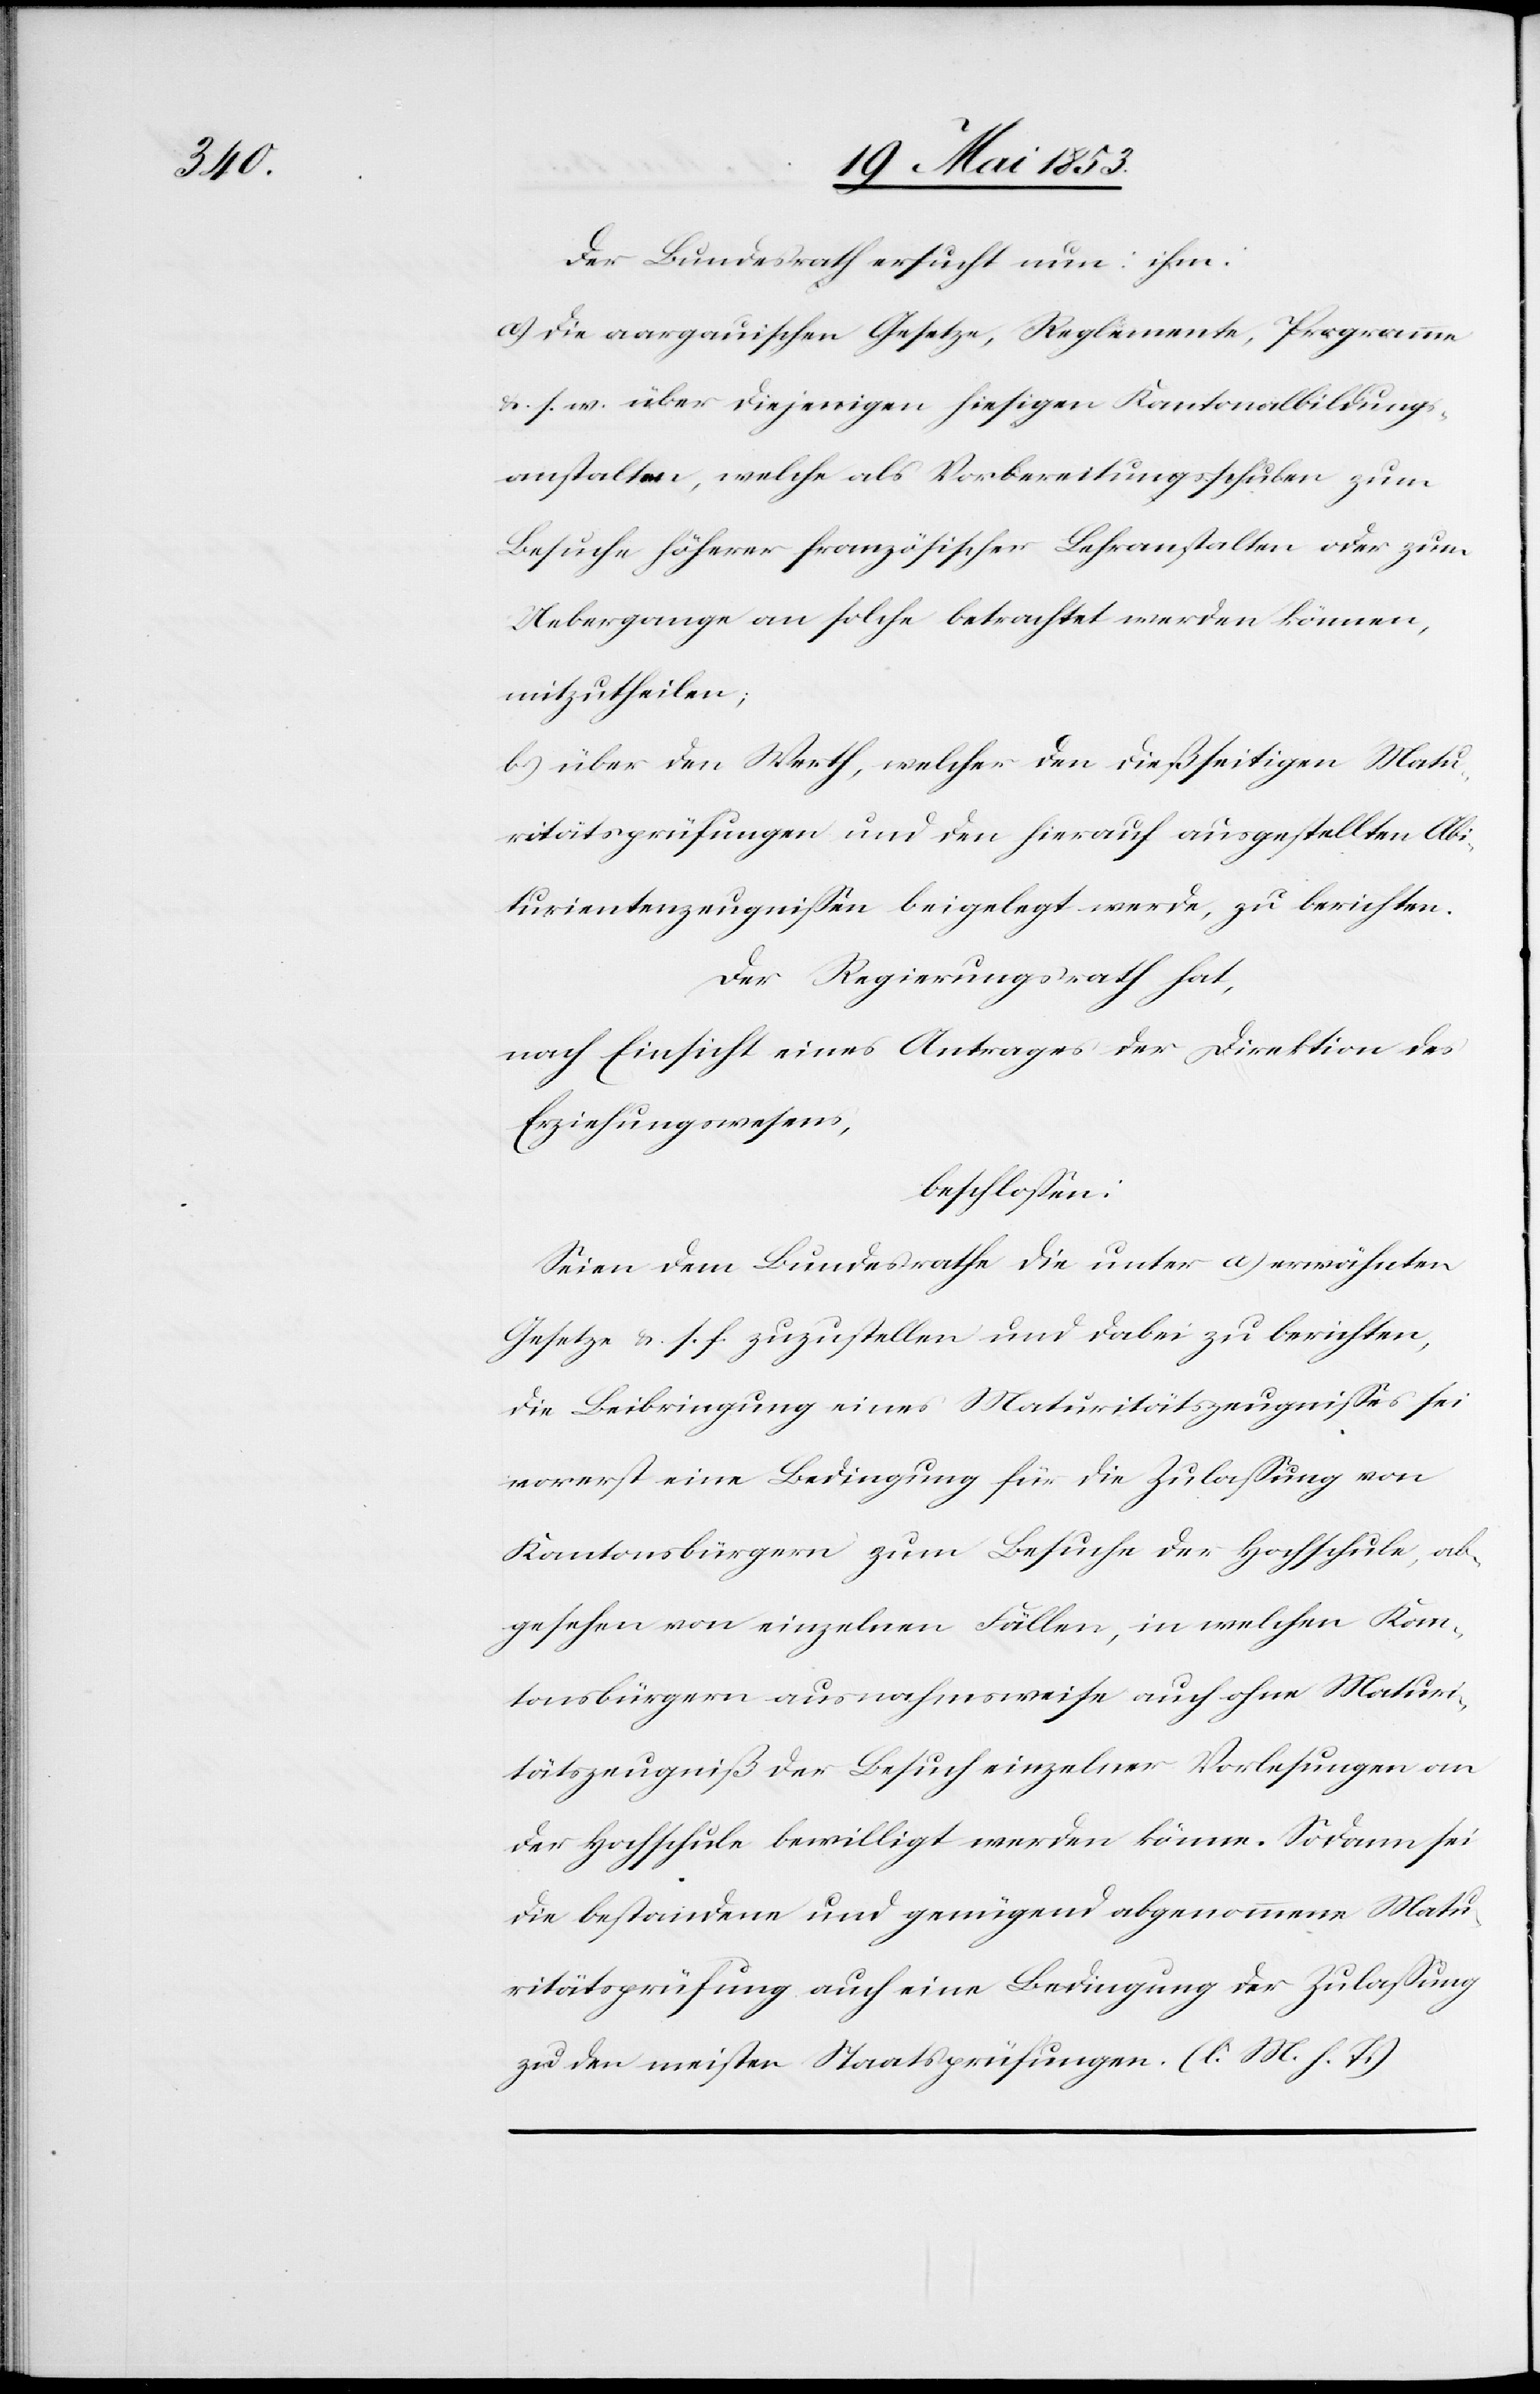
Der Bundesrath ersucht nun: ihm:
a) die aargauischen Gesetze, Reglemente, Programme
u. s. w. über diejenigen hiesigen Kantonalbildungs¬
anstalten, welche als Vorbereitungsschulen zum
Besuche höherer französischer Lehranstalten oder zum
Uebergange an solche betrachtet werden können,
mitzutheilen;
b) über den Werth, welcher den dießseitigen Matu¬
ritätsprüfungen und den hierauf ausgestellten Abi¬
turientenzeugniße beigelegt werde, zu berichten.
Der Regierungsrath hat,
nach Einsicht eines Antrages der Direktion des
Erziehungswesens,
beschloßen:
Seien dem Bundesrathe die unter a) erwähnten
Gesetze u. s. f. zuzustellen und dabei zu berichten,
die Beibringung eines Maturitätszeugnißes sei
vorerst eine Bedingung für die Zulaßung von
Kantonsbürgern zum Besuche der Hochschule, ab¬
gesehen von einzelnen Fällen, in welchen Kan¬
tonsbürgern ausnahmsweise auch ohne Maturi¬
tätszeugniß der Besuch einzelner Vorlesungen an
der Hochschule bewilligt werden könne. Sodann sei
die bestandene und genügend abgenommene Matu¬
ritätsprüfung auch eine Bedingung der Zulaßung
zu den meisten Staatsprüfungen. [l. M. h. T]